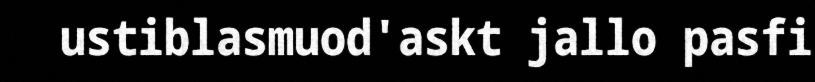
ustiblasmuod'askt jallo pasfi